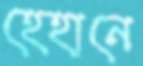
হেহানে